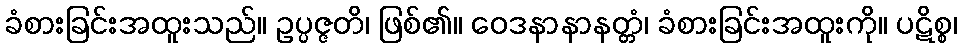
ခံစားခြင်းအထူးသည်။ ဥပ္ပဇ္ဇတိ၊ ဖြစ်၏။ ဝေဒနာနာနတ္တံ၊ ခံစားခြင်းအထူးကို။ ပဋိစ္စ၊